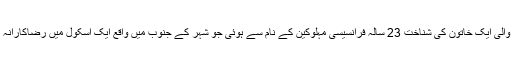
واقعے میں ہلاک ہونے والی ایک خاتون کی شناخت 23 سالہ فرانسیسی مہلوکین کے نام سے ہوئی جو شہر کے جنوب میں واقع ایک اسکول میں رضاکارانہ طور پر کام کرتی تھیں۔